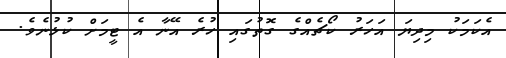
އެކަމަކު މިދިޔަ އަހަރު ކޯޗެއްގެ ގޮތުގައި ހުރެ އޭނާ އެ ޓީމަށް ކުޅުނެވެ.